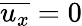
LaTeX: \overline{{u_{x}}}=0